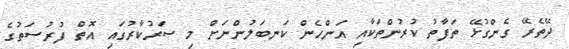
ދޭތެރޭ ގެންގުޅޭ ތަފާތު ކުރުންތަކާއި އަންހެން ކަނބަލުންނަށް މި ސަރުކާރުގައި އޮތް ފުރުސަތުގެ